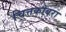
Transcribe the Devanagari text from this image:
चित्तकोबरा